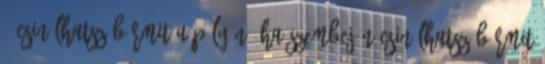
- Csinálhatsz bármit a pályán, ha szembejön Csinálhatsz bármit